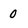
Character: 0